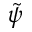
\tilde { \psi }